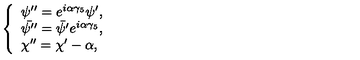
\left\{ \begin{array} { l } { \psi ^ { \prime \prime } = e ^ { i \alpha \gamma _ { 5 } } \psi ^ { \prime } , } \\ { \bar { \psi ^ { \prime \prime } } = \bar { \psi ^ { \prime } } e ^ { i \alpha \gamma _ { 5 } } , } \\ { \chi ^ { \prime \prime } = \chi ^ { \prime } - \alpha , } \\ \end{array} \right.